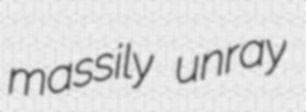
massily unray